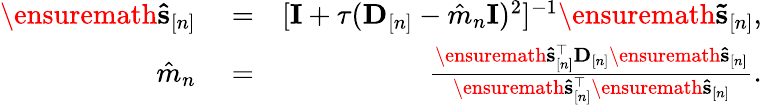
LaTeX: \begin{array}{rlr}{\ensuremath{\mathbf{\hat{s}}}_{[n]}}&{{}=}&{[{\mathbf I}+\tau({\mathbf D}_{[n]}-\hat{m}_{n}{\mathbf I})^{2}]^{-1}\ensuremath{\mathbf{\tilde{s}}}_{[n]},}\\ {\hat{m}_{n}}&{{}=}&{\frac{\ensuremath{\mathbf{\hat{s}}}_{[n]}^{\top}\mathbf D_{[n]}\ensuremath{\mathbf{\hat{s}}}_{[n]}}{\ensuremath{\mathbf{\hat{s}}}_{[n]}^{\top}\ensuremath{\mathbf{\hat{s}}}_{[n]}}.}\end{array}